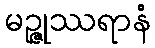
မဉ္ဇုဿရာနံ